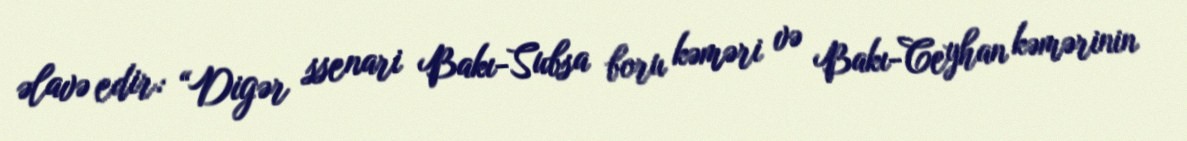
əlavə edir: “Digər ssenari Bakı-Subsa boru kəməri və Bakı-Ceyhan kəmərinin